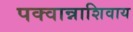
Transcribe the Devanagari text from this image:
पक्वान्नाशिवाय